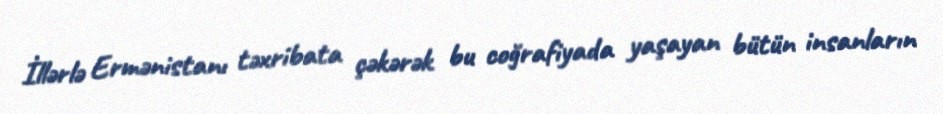
İllərlə Ermənistanı təxribata çəkərək bu coğrafiyada yaşayan bütün insanların